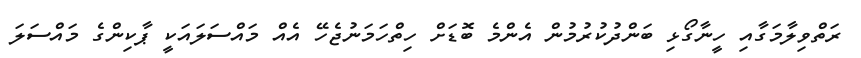
ރަތްވިލާމަގާއި ހީނާގޯޅި ބަންދުކުރުމުން އެންމެ ބޮޑަށް ހިތްހަމަނުޖެހޭ އެއް މައްސަލައަކީ ޕާކިންގެ މައްސަލަ